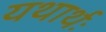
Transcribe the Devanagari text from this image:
यथार्थः